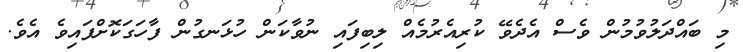
މި ބައްދަލުވުމުން ވެސް އެދެވޭ ކުރިއެރުމެއް ލިބިފައި ނުވާކަން ހުޅަނގުން ފާހަގަކޮށްފައިވެ އެވެ.